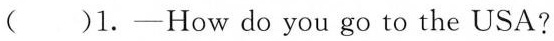
( )l.-How do you go to the USA?